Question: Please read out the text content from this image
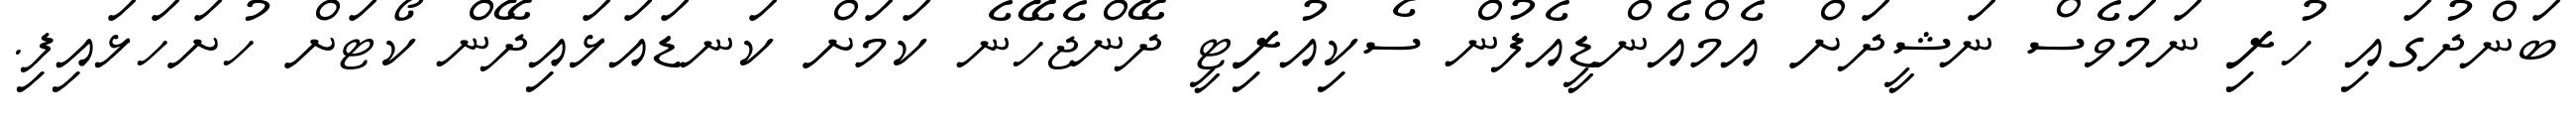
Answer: ބަންދުގައި ހުރި ނަމަވެސް ނަޝީދަށް އެމްއެންޑީއެފުން ސެކިއުރިޓީ ދޭންޖެހޭނެ ކަމަށް ކަނޑައަޅައިދޭން ކޯޓަށް ހުށަހަޅައިފި.